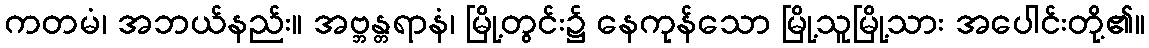
ကတမံ၊ အဘယ်နည်း။ အဗ္ဘန္တရာနံ၊ မြို့တွင်း၌ နေကုန်သော မြို့သူမြို့သား အပေါင်းတို့၏။